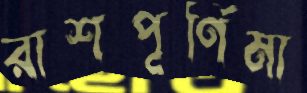
রাশপূর্ণিমা